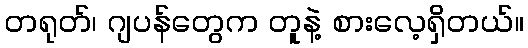
တရုတ်၊ ဂျပန်တွေက တူနဲ့ စားလေ့ရှိတယ်။